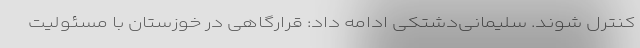
کنترل شوند. سلیمانی‌دشتکی ادامه داد: قرارگاهی در خوزستان با مسئولیت